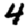
Digit: 4